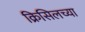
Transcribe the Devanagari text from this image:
क्रिसिलच्या